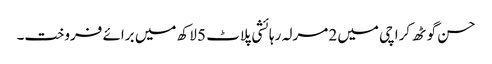
حسن گوٹھ کراچی میں 2 مرلہ رہائشی پلاٹ 5 لاکھ میں برائے فروخت۔